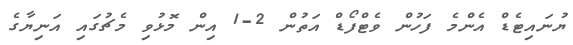
ޔުނައިޓެޑް އެންމެ ފަހުން ވެޓްފޯޑް އަތުން 2-1 އިން މޮޅުވި މެޗުގައި އަނިޔާގެ